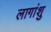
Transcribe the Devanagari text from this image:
लागांशु